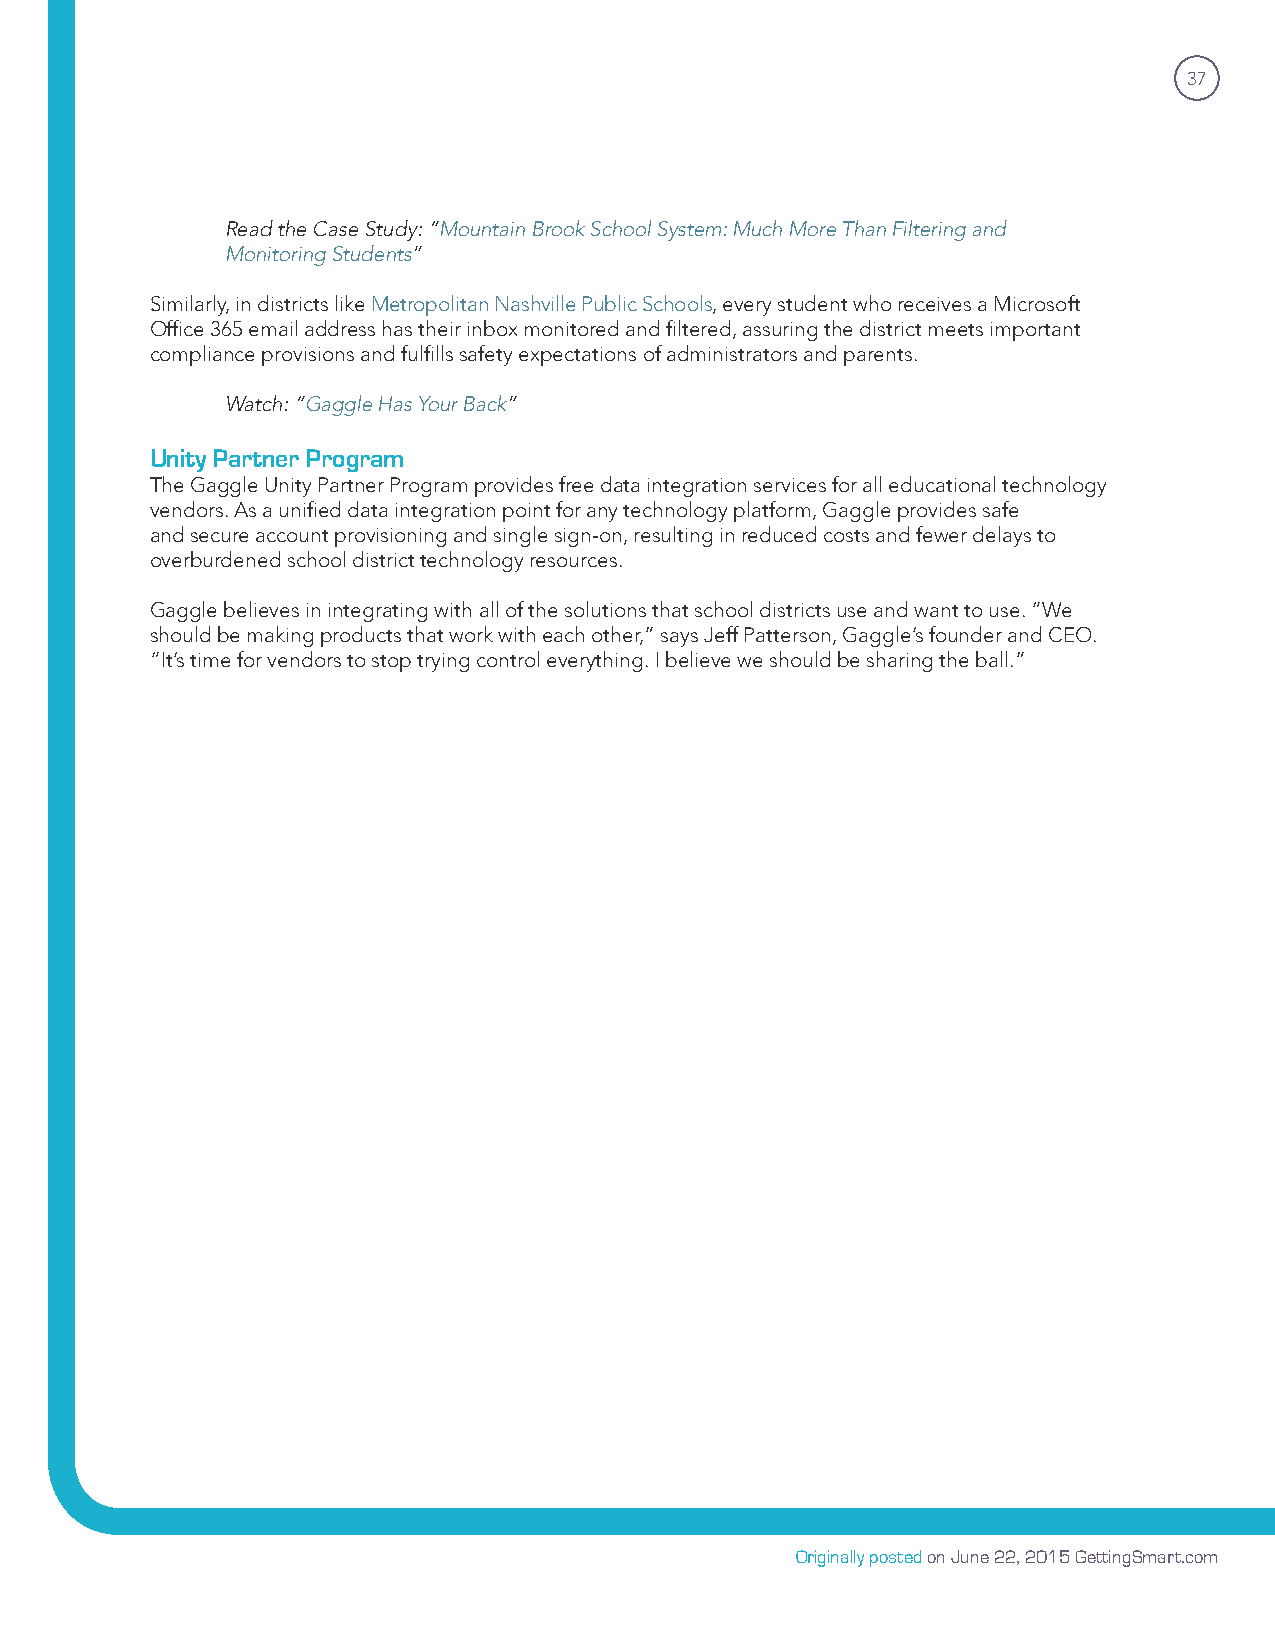
37
 Read the Case Study: “Mountain Brook School System: Much More Than Filtering and
 Monitoring Students”
 Similarly, in districts like Metropolitan Nashville Public Schools, every student who receives a Microsoft
 Office 365 email address has their inbox monitored and filtered, assuring the district meets important
 compliance provisions and fulfills safety expectations of administrators and parents.
 Watch: “Gaggle Has Your Back”
 Unity Partner Program
 The Gaggle Unity Partner Program provides free data integration services for all educational technology
 vendors. As a unified data integration point for any technology platform, Gaggle provides safe
 and secure account provisioning and single sign-on, resulting in reduced costs and fewer delays to
 overburdened school district technology resources.
 Gaggle believes in integrating with all of the solutions that school districts use and want to use. “We
 should be making products that work with each other,” says Jeff Patterson, Gaggle’s founder and CEO.
 “It’s time for vendors to stop trying control everything. I believe we should be sharing the ball.”
 Originally posted on June 22, 2015 GettingSmart.com